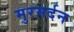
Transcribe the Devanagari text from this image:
मुरमर्दन